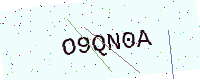
Text: O9QN0A